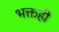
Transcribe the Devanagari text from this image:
भक्तही